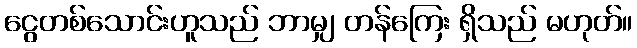
ငွေတစ်သောင်းဟူသည် ဘာမျှ တန်ကြေး ရှိသည် မဟုတ်။